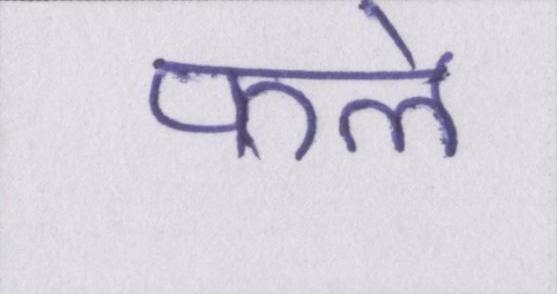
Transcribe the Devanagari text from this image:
फले